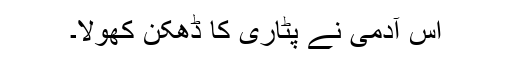
اُس آدمی نے پٹاری کا ڈھکن کھولا۔